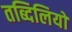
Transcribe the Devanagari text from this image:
तब्दिलियों